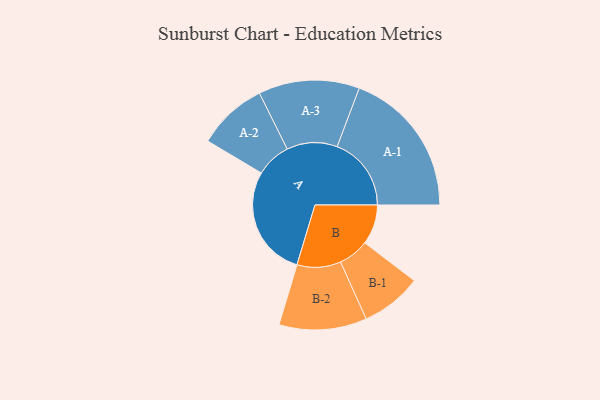
{"axis": {"x": "Segment", "y": "Value"}, "legend": ["", "A", "B"], "data": [{"x": "A", "y": 419, "type": ""}, {"x": "B", "y": 150, "type": ""}, {"x": "A-1", "y": 279, "type": "A"}, {"x": "A-2", "y": 132, "type": "A"}, {"x": "A-3", "y": 190, "type": "A"}, {"x": "B-1", "y": 115, "type": "B"}, {"x": "B-2", "y": 165, "type": "B"}]}